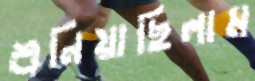
শুনিয়াছিলাম